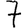
Digit: 7